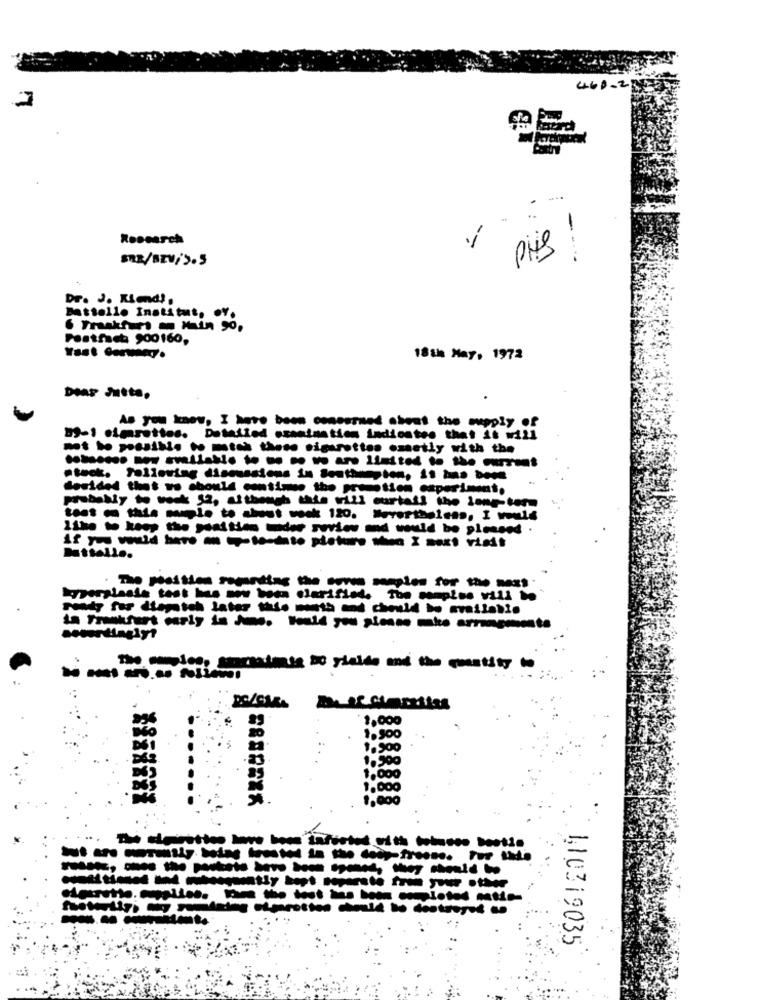
460-28
....
Research
pis !
Dr. J. Riend',
Battello Institut. . Y.
6 Frankfurt Main 50,
Postfach 900160,
18 th May, 1972
Dear Jutta,
As you know, I have been concerned about the mupply of
89-1 cigarettes. Detailed examination indicates that it will
mt ho musthis to mto theme sigarettes cmestly with the
stock, following discussions in Southampton, it has boon
desided thet vo should continue the promotion experiment.
probably to wreck 52, at though this vill ourtall the long-term
Like to keep the position under review and would be pleased .
Datsello.
Energiasie test has now been clarified. The samples vill be
Moordtagiyt
The campice, straatmss Do yields and the quantity
------ 1
110319035